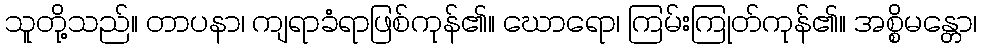
သူတို့သည်။ တာပနာ၊ ကျရာခံရာဖြစ်ကုန်၏။ ဃောရော၊ ကြမ်းကြုတ်ကုန်၏။ အစ္စိမန္တော၊